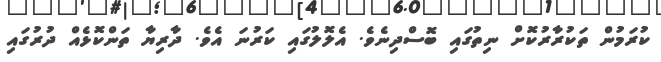
ކުރަމުން ތަކުރާރުކޮށް ނިތުގައި ބޮސްދިނެވެ. އެލޮލުގައި ކަރުނަ އެވެ. ދާރިޔާ ތަންކޮޅެއް ދުރުގައި